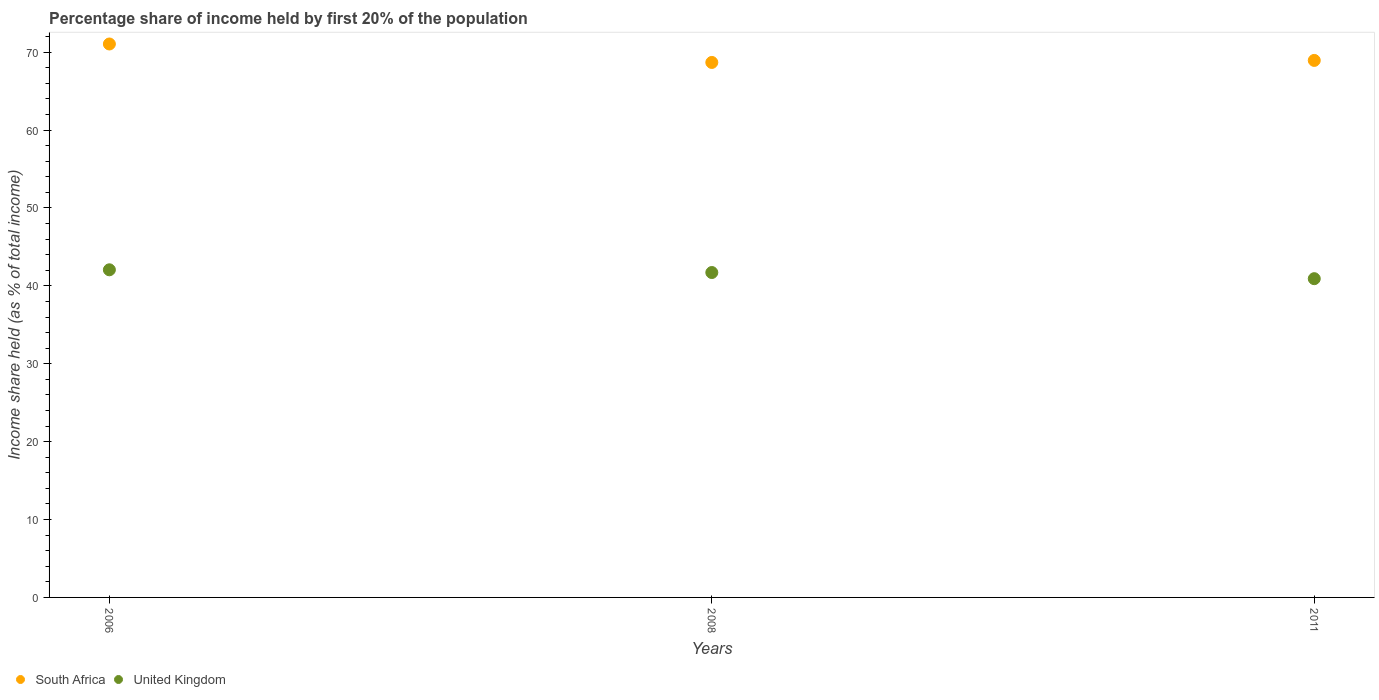
| Years | South Africa | United Kingdom |
 | --- | --- | --- |
 | 2006 | 71 | 42.1 |
 | 2008 | 68.7 | 41.7 |
 | 2011 | 68.9 | 40.9 |